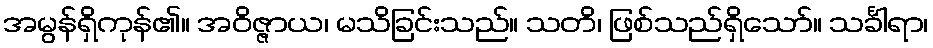
အမွန်ရှိကုန်၏။ အဝိဇ္ဇာယ၊ မသိခြင်းသည်။ သတိ၊ ဖြစ်သည်ရှိသော်။ သင်္ခါရာ၊